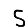
Digit: 5